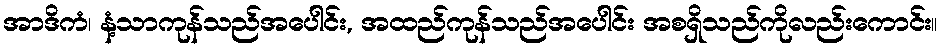
အာဒိကံ၊ နံ့သာကုန်သည်အပေါင်း, အထည်ကုန်သည်အပေါင်း အစရှိသည်ကိုလည်းကောင်း။